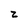
Character: z